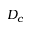
D _ { c }